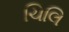
ચિલિ